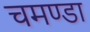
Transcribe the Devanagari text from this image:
चमण्डा